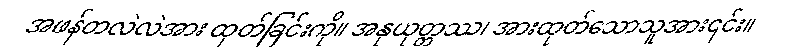
အဖန်တလဲလဲအား ထုတ်ခြင်းကို။ အနုယုတ္တဿ၊ အားထုတ်သောသူအား၎င်း။